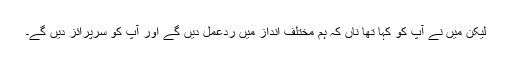
لیکن میں نے آپ کو کہا تھا ناں کہ ہم مختلف انداز میں ردعمل دیں گے اور آپ کو سرپرائز دیں گے۔